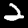
Label: 2